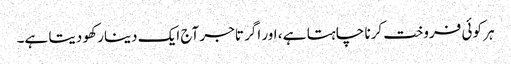
ہر کوئی فروخت کرنا چاہتا ہے ، اور اگر تاجر آج ایک دینار کھو دیتا ہے۔